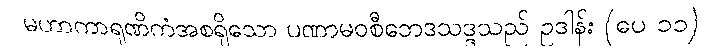
မဟာကာရုဏိကံအစရှိသော ပဏာမဝစီဘေဒသဒ္ဒသည် ဥဒါန်း (ပေ ၁၁)